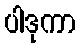
ပါဒုကာ